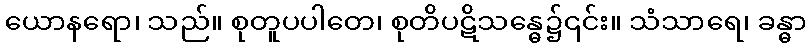
ယောနရော၊ သည်။ စုတူပပါတေ၊ စုတိပဋိသန္ဓေ၌၎င်း။ သံသာရေ၊ ခန္ဓာ